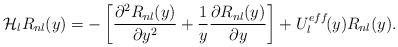
LaTeX: \begin{align*}{\cal H}_{l}R_{nl}(y)=-\left[\frac{\partial^{2}R_{nl}(y)}{\partial y^{2}}+\frac{1}{y}\frac{\partial R_{nl}(y)}{\partial y}\right]+U^{eff}_{l}\!(y)R_{nl}(y).\end{align*}